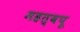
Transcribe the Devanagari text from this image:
महत्वपू